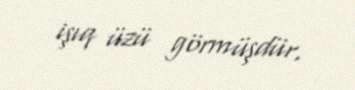
işıq üzü görmüşdür.